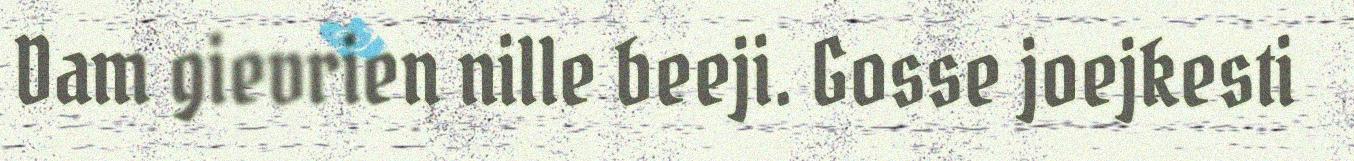
Dam gievrien nille beeji. Gosse joejkesti